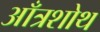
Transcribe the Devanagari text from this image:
आँत्रशोथ